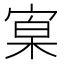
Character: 𡩕